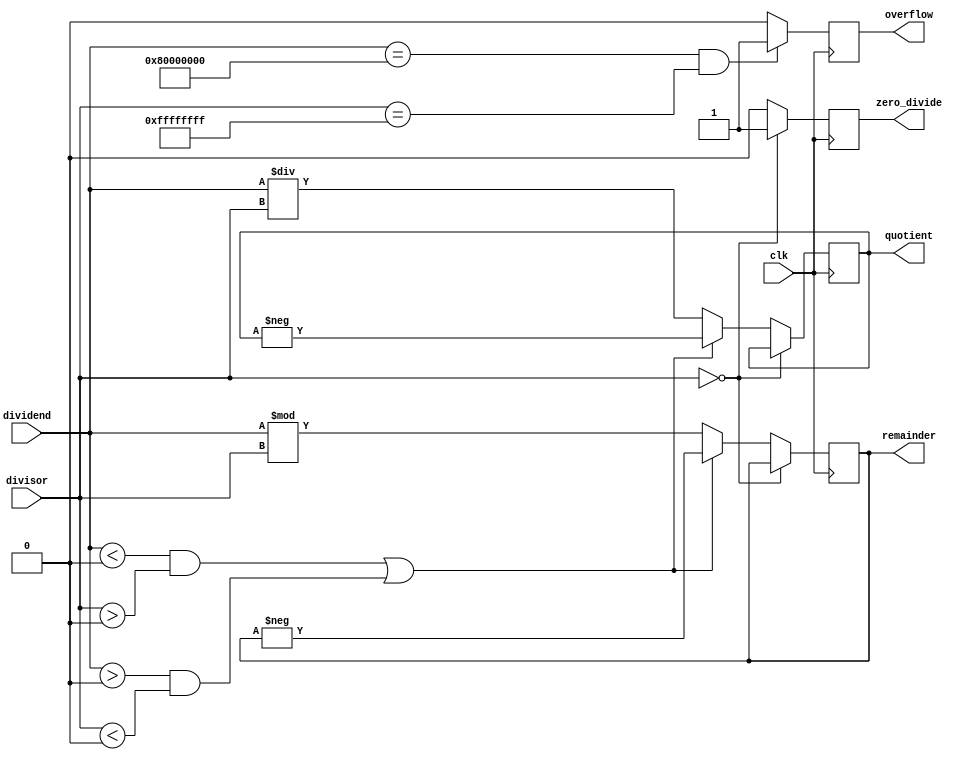
module synchronous_divider (
    input wire clk,
    input wire [31:0] dividend,
    input wire [31:0] divisor,
    output reg [31:0] quotient,
    output reg [31:0] remainder,
    output reg overflow,
    output reg zero_divide
);

always @(posedge clk) begin
    if (divisor == 0) begin
        zero_divide <= 1;
    end else begin
        zero_divide <= 0;
        quotient <= dividend / divisor;
        remainder <= dividend % divisor;
        
        if ((dividend < 0 && divisor > 0) || (dividend > 0 && divisor < 0)) begin
            quotient <= -quotient;
            remainder <= -remainder;
        end
    end

    if (dividend == 32'h80000000 && divisor == -1) begin
        overflow <= 1;
    end else begin
        overflow <= 0;
    end
end

endmodule